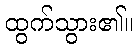
ထွက်သွား၏။